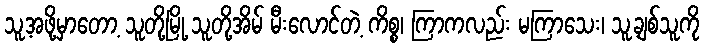
သူ့အဖို့မှာတော့ သူတို့မြို့ သူတို့အိမ် မီးလောင်တဲ့ ကိစ္စ၊ ကြာကလည်း မကြာသေး၊ သူ့ချစ်သူကို